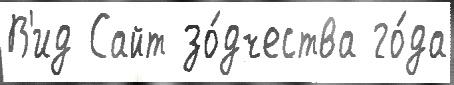
В'ид Сайт зо́дчества го́да